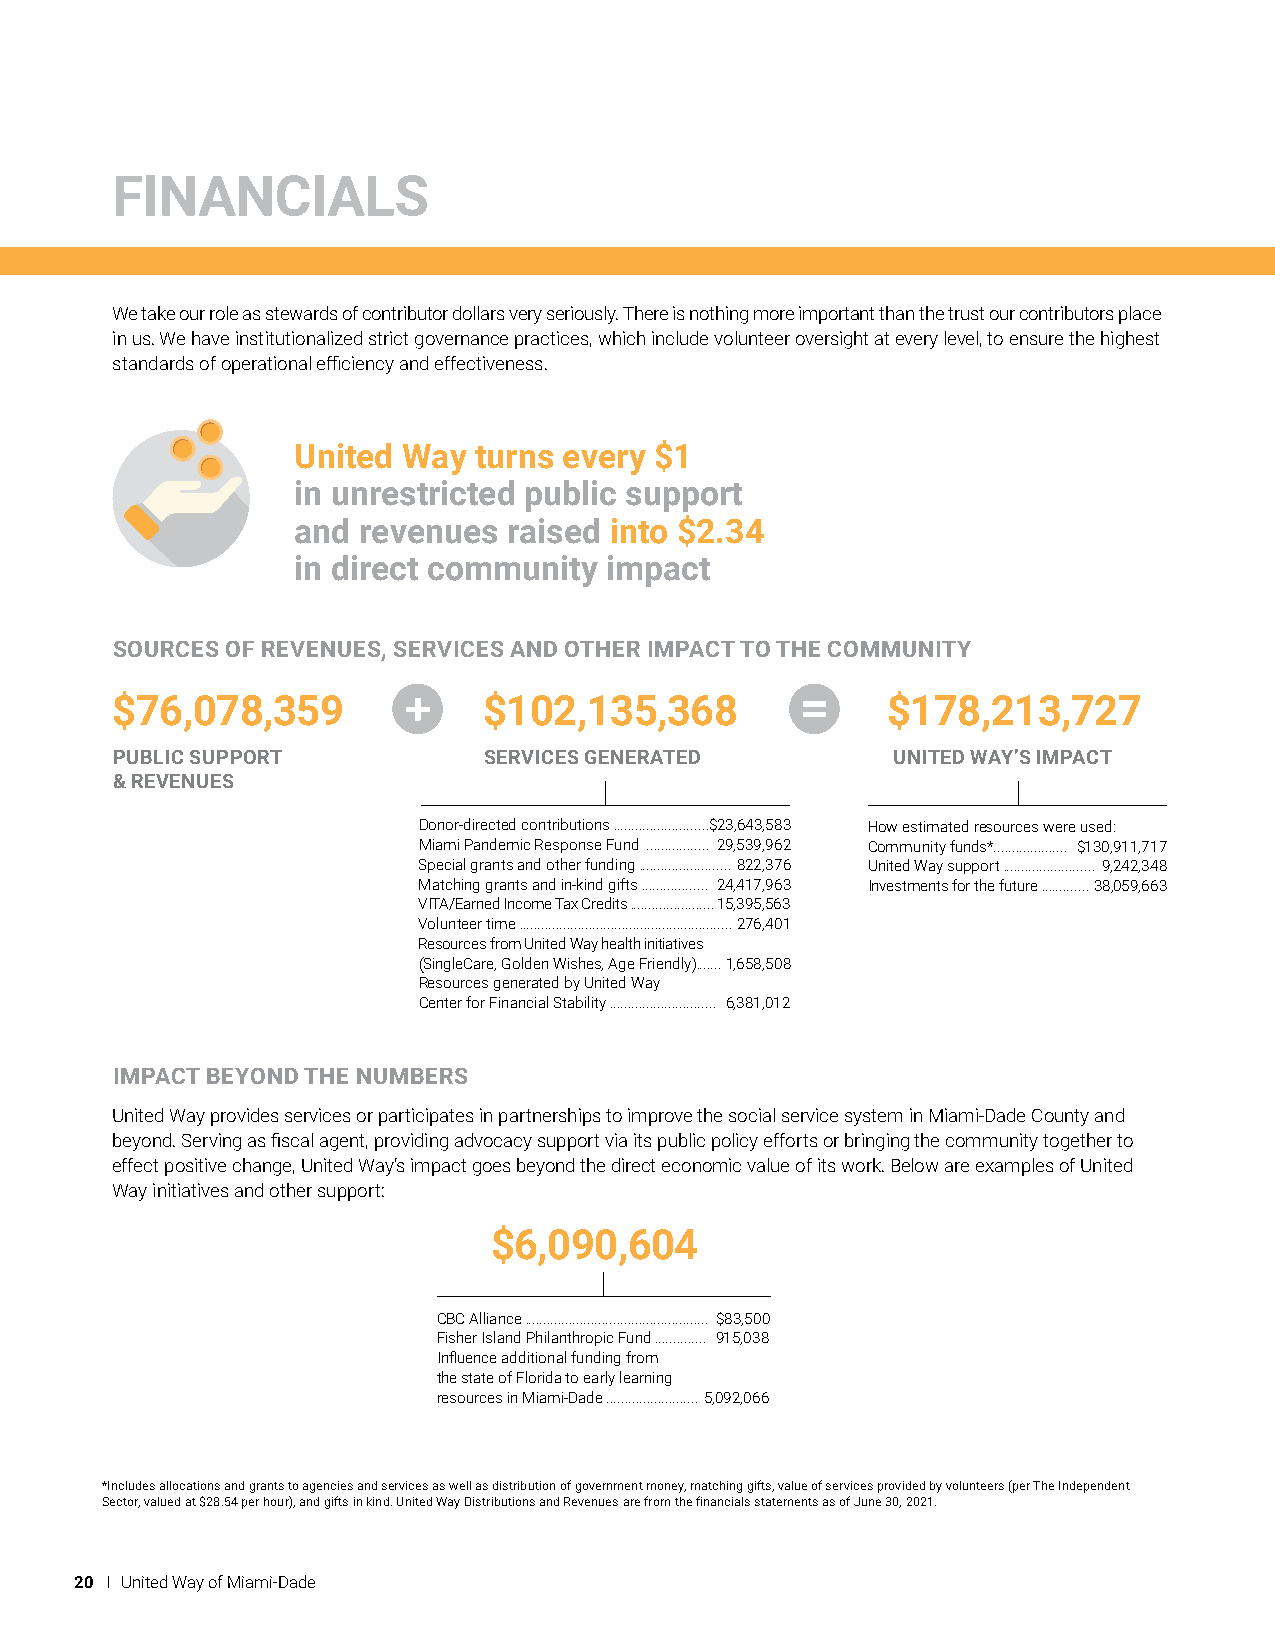
FINANCIALS
 We take our role as stewards of contributor dollars very seriously. There is nothing more important than the trust our contributors place
 in us. We have institutionalized strict governance practices, which include volunteer oversight at every level, to ensure the highest
 standards of operational efficiency and effectiveness.
 United  Way turns every $1
 in unrestricted public support
 and  revenues  raised into $2.34
 in direct community  impact
 SOURCES OF REVENUES, SERVICES AND OTHER IMPACT TO THE COMMUNITY
 $76,078,359              $102,135,368               $178,213,727
 PUBLIC SUPPORT           SERVICES GENERATED         UNITED WAY’S IMPACT
 & REVENUES
 Donor-directed contributions ..........................$ 23,643,583 How estimated resources were used:
 Miami Pandemic Response Fund ................. 29,539,962 Community funds*.................... $130,911,717
 Special grants and other funding ......................... 822,376 United Way support ......................... 9,242,348
 Matching grants and in-kind gifts .................. 24,417,963 Investments for the future ............. 38,059,663
 VITA/Earned Income Tax Credits ....................... 15,395,563
 Volunteer time .......................................................... 276,401
 Resources from United Way health initiatives
 (SingleCare, Golden Wishes, Age Friendly) ....... 1,658,508
 Resources generated by United Way
 Center for Financial Stability ............................. 6,381,012
 IMPACT BEYOND THE NUMBERS
 United Way provides services or participates in partnerships to improve the social service system in Miami-Dade County and
 beyond. Serving as fiscal agent, providing advocacy support via its public policy efforts or bringing the community together to
 effect positive change, United Way’s impact goes beyond the direct economic value of its work. Below are examples of United
 Way initiatives and other support:
 $6,090,604
 CBC Alliance .................................................. $83,500
 Fisher Island Philanthropic Fund .............. 915,038
 Influence additional funding from
 the state of Florida to early learning
 resources in Miami-Dade ......................... 5,092,066
 *Includes allocations and grants to agencies and services as well as distribution of government money, matching gifts, value of services provided by volunteers (per The Independent
 Sector, valued at $28.54 per hour), and gifts in kind. United Way Distributions and Revenues are from the financials statements as of June 30, 2021.
 20 I United Way of Miami-Dade